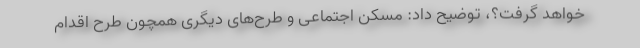
خواهد گرفت؟، توضیح داد: مسکن اجتماعی و طرح‌های دیگری همچون طرح اقدام